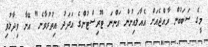
މީގެ ސަބަބުން ރާއްޖެއަށް އެއާލައިނުން އަންނަ ޓޫރިސްޓުންގެ އަދަދު އިތުރުވާނެ" އޭނާ ވިދާޅުވި